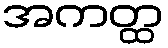
အကတ္ထ